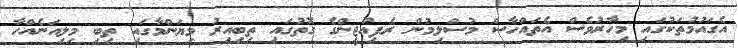
އެގައުމުތަކުގައި މިހާރުވެސް އެތައްހާސް މުސްލިމުން ރެފިއުޖީންގެ ގޮތުގައި ތިބިއިރު މިޔަންމާގައި ތިބި މިލިއަނެއްހާ